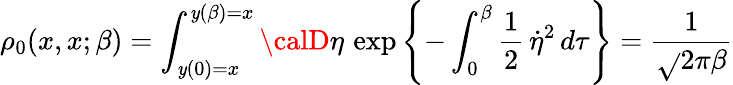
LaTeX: \rho_{0}(x,x;\beta)=\int_{\mathit{y}(0)=x}^{\mathit{y}(\beta)=x}{\calD}\eta\, \exp\left\{ -\int_{0}^{\beta}\frac{{1}}{{2}}\, \dot{{\eta}}^{2}\, d\tau\right\} =\frac{{1}}{{\sqrt{}{{2\pi\beta}}}}